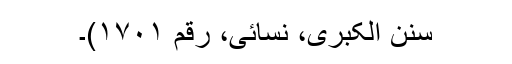
سنن الکبریٰ، نسائی، رقم ۱۷۰۱)۔